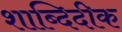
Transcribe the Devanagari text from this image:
शाब्दिदीक